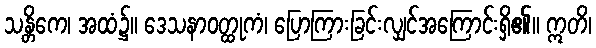
သန္တိကေ၊ အထံ၌။ ဒေသနာဝတ္ထုကံ၊ ပြောကြားခြင်းလျှင်အကြောင်းရှိ၏။ ဣတိ၊